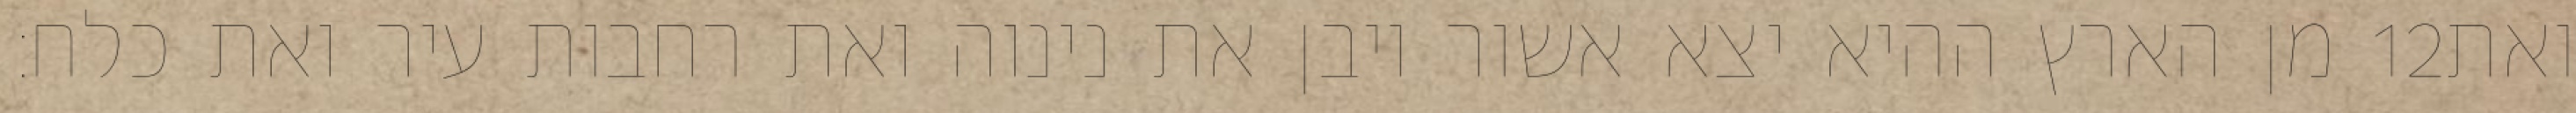
מן הארץ ההיא יצא אשור ויבן את נינוה ואת רחבות עיר ואת כלח׃ ‎12‏ ואת